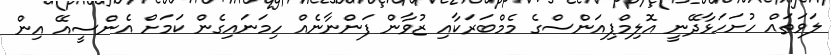
ލަވަތައް ހުށަހަޅާދޭނީ އޮލިމްޕިއަންސްގެ މެމްބަރަކާއި ޒުވާން ފަންނާނެއް ހިމަނައިގެން ކަމަށް އެންސީއޭ އިން